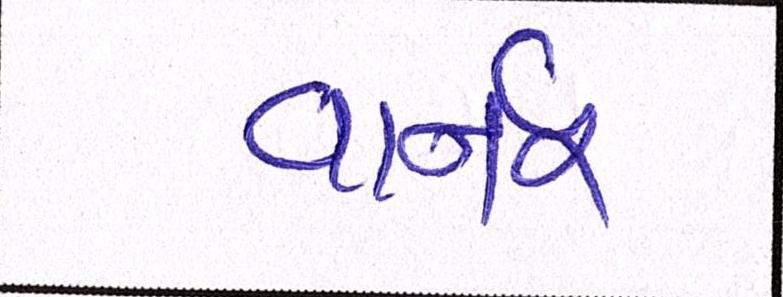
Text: વાર્નર